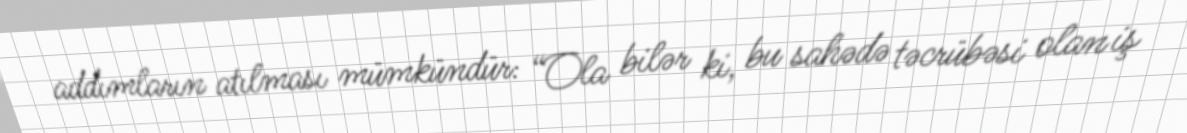
addımların atılması mümkündür: “Ola bilər ki, bu sahədə təcrübəsi olan iş